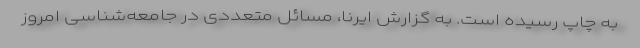
به چاپ رسیده است. به گزارش ایرنا، مسائل متعددی در جامعه‌شناسی امروز